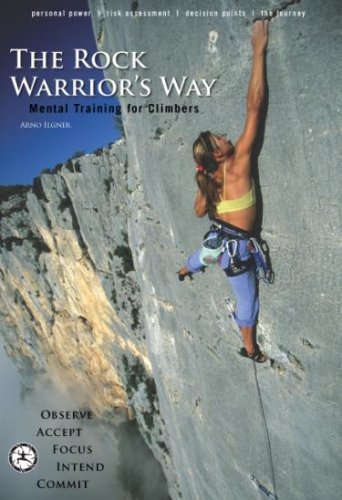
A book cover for The Rock Warrior's Way: Mental Training for Climbers; Arno Ilgner; Sports & Outdoors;